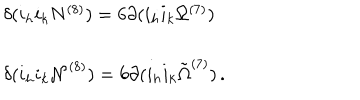
\begin{array} { r c l } { { } } & { { } } & { { \delta ( i _ { h } i _ { k } N ^ { ( 8 ) } ) = 6 \partial ( i _ { h } i _ { k } \Omega ^ { ( 7 ) } ) } } \\ { { } } & { { } } & { { } } \\ { { } } & { { } } & { { \delta ( i _ { h } i _ { k } { \cal N } ^ { ( 8 ) } ) = 6 \partial ( i _ { h } i _ { k } { \tilde { \Omega } } ^ { ( 7 ) } ) \, . } } \\ \end{array}